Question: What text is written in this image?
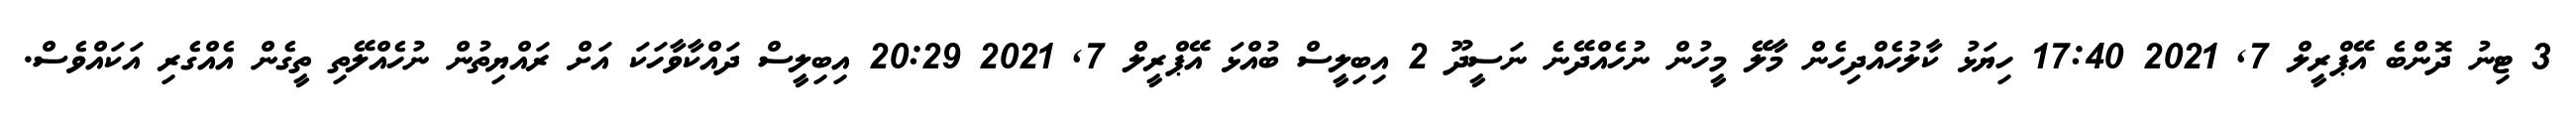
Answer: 3 ޓިނު ދޮންބެ އޭޕްރީލް 7, 2021 17:40 ހިޔަޅު ކާލުހެއްދިހެން މާލޭ މީހުން ނުހެއްދޭނެ ނަސީދޫ 2 އިބިލީސް ބުއްޅަ އޭޕްރީލް 7, 2021 20:29 އިބިލީސް ދައްކާވާހަކަ އަށް ރައްޔިތުން ނުހެއްލޭތި ތީގެން އެއްގެރި އަކައްވެސް.